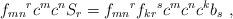
LaTeX: \begin{align*}{f_{mn}}^{r}c^{m}c^{n}S_{r} = {f_{mn}}^{r} {f_{kr}}^{s} c^{m}c^{n}c^{k}b_{s}~,\end{align*}